Report on plague in the Punjab from October 1st ... to September 30th ..., being the ... season of plague in the province
Disease focus: Plague
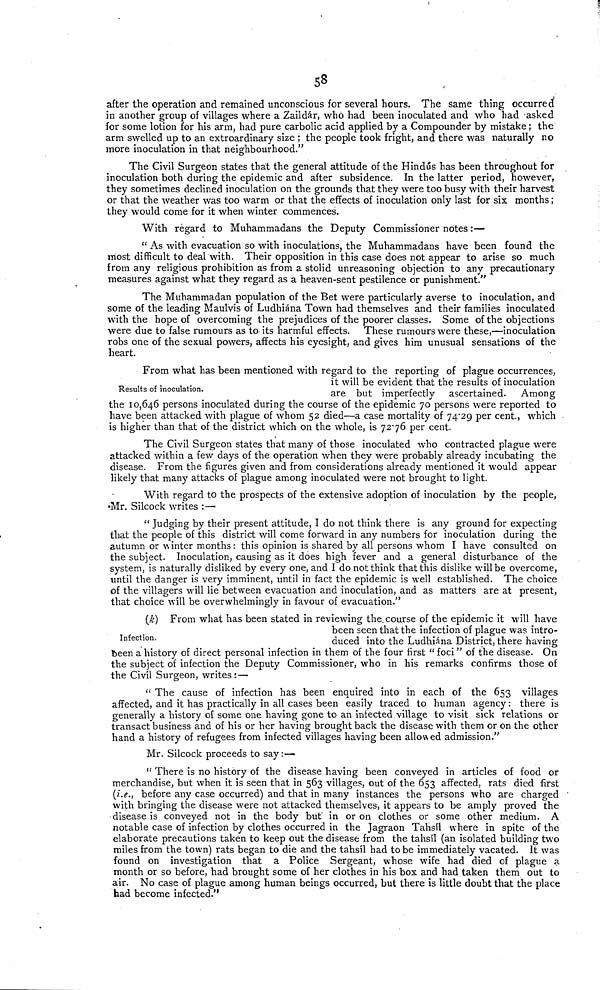
58
after the operation and remained unconscious for several hours. The same thing occurred
in another group of villages where a Zaildár, who had been inoculated and who had asked
for some lotion for his arm, had pure carbolic acid applied by a Compounder by mistake ; the
arm swelled up to an extroardinary size ; the people took fright, and there was naturally no
more inoculation in that neighbourhood."
The Civil Surgeon states that the general attitude of the Hindús has been throughout for
inoculation both during the epidemic and after subsidence. In the latter period, however,
they sometimes declined inoculation on the grounds that they were too busy with their harvest
or that the weather was too warm or that the effects of inoculation only last for six months ;
they would come for it when winter commences.
With regard to Muhammadans the Deputy Commissioner notes :—
" As with evacuation so with inoculations, the Muhammadans have been found the
most difficult to deal with. Their opposition in this case does not appear to arise so much
from any religious prohibition as from a stolid unreasoning objection to any precautionary
measures against what they regard as a heaven-sent pestilence or punishment."
The Muhammadan population of the Bet were particularly averse to inoculation, and
some of the leading Maulvis of Ludhiána Town had themselves and their families inoculated
with the hope of overcoming the prejudices of the poorer classes. Some of the objections
were due to false rumours as to its harmful effects. These rumours were these,—inoculation
robs one of the sexual powers, affects his eyesight, and gives him unusual sensations of the
heart.
Results of inoculation.
From what has been mentioned with regard to the reporting of plague occurrences,
it will be evident that the results of inoculation
are but imperfectly ascertained. Among
the 10,646 persons inoculated during the course of the epidemic 70 persons were reported to
have been attacked with plague of whom 52 died—a case mortality of 74.29 per cent., which
is higher than that of the district which on the whole, is 7276 per cent.
The Civil Surgeon states that many of those inoculated who contracted plague were
attacked within a few days of the operation when they were probably already incubating the
disease. From the figures given and from considerations already mentioned it would appear
likely that many attacks of plague among inoculated were not brought to light.
With regard to the prospects of the extensive adoption of inoculation by the people,
•Mr. Silcock writes : —
" Judging by their present attitude, I do not think there is any ground for expecting
that the people of this district will come forward in any numbers for inoculation during the
autumn or winter months: this opinion is shared by all persons whom I have consulted on
the subject. Inoculation, causing as it does high fever and a general disturbance of the
system, is naturally disliked by every one, and I do not think that this dislike will be overcome,
until the danger is very imminent, until in fact the epidemic is well established. The choice
of the villagers will lie between evacuation and inoculation, and as matters are at present,
that choice will be overwhelmingly in favour of evacuation."
Infection.
(k) From what has been stated in reviewing the. course of the epidemic it will have
been seen that the infection of plague was intro-
duced into the Ludhiána District, there having
been a history of direct personal infection in them of the four first " foci " of the disease. On
the subject of infection the Deputy Commissioner, who in his remarks confirms those of
the Civil Surgeon, writes : —
" The cause of infection has been enquired into in each of the 653 villages
affected, and it has practically in all cases been easily traced to human agency : there is
generally a history of some one having gone to an infected village to visit sick relations or
transact business and of his or her having brought back the disease with them or on the other
hand a history of refugees from infected villages having been allowed admission."
Mr. Silcock proceeds to say:—
" There is no history of the disease having been conveyed in articles of food or
merchandise, but when it is seen that in 563 villages, out of the 653 affected, rats died first
(i.e., before any case occurred) and that in many instances the persons who are charged '
with bringing the disease were not attacked themselves, it appears to be amply proved the
disease is conveyed not in the body but' in or on clothes or some other medium. A
notable case of infection by clothes occurred in the Jagraon Tahsil where in spite of the
elaborate precautions taken to keep out the disease from the tahsil (an isolated building two
miles from the town) rats began to die and the tahsil had to be immediately vacated. It was
found on investigation that a Police Sergeant, whose wife had died of plague a
month or so before, had brought some of her clothes in his box and had taken them out to
air. No case of plague among human beings occurred, but there is little doubt that the place
had become infected."